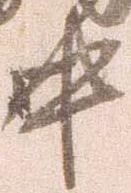
中